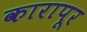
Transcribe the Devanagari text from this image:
कारापूर